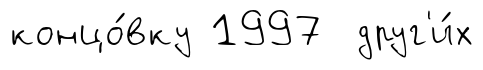
концо́вку 1997 друг'и́х